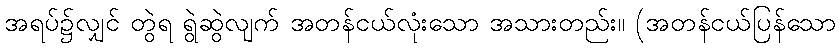
အရပ်၌လျှင် တွဲရ ရွဲဆွဲလျက် အတန်ငယ်လုံးသော အသားတည်း။ (အတန်ငယ်ပြန်သော